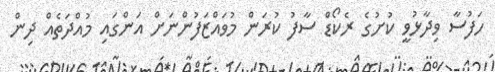
ހަފުސާ ވިދާޅުވީ ކުށުގެ ރެކޯޑް ސާފު ކުރަން މުވައްޒަފުންނަށް އަންގައި މުއްދަތެއް ދިން